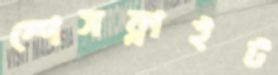
স্পেসফ্লাইট